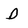
Character: D